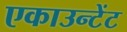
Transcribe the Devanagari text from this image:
एकाउन्टेंट